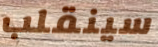
سينقلب